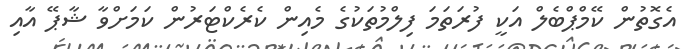
އެގޮތުން ކޭމްޕްބެލް އަކީ ފުރަތަމަ ފިލްމުތަކުގެ މެއިން ކެރެކްޓަރުން ކަމަށްވާ ޝާޕޭ އާއި